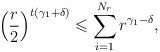
LaTeX: \begin{align*}\left( \frac{r}{2} \right) ^{t ( \gamma _1 + \delta)} \leqslant \sum _{i=1} ^{N _r} r ^{\gamma _1 - \delta} ,\end{align*}